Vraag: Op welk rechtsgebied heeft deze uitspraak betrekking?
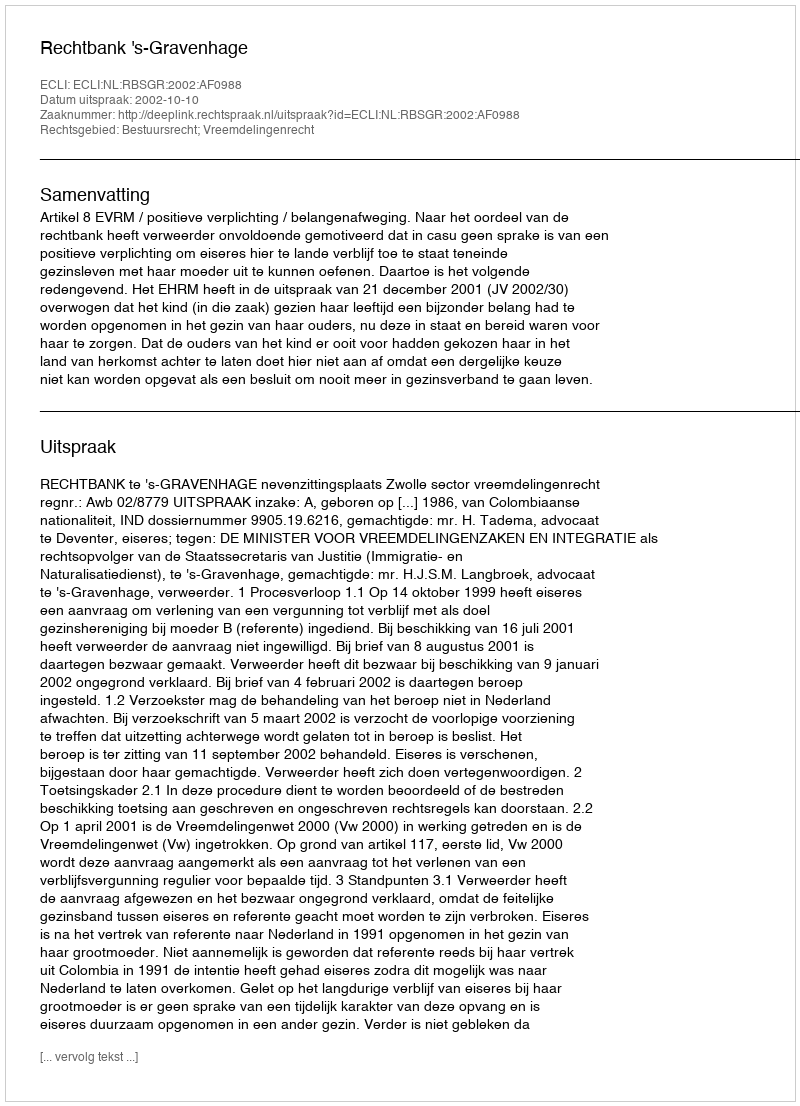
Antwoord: Bestuursrecht; Vreemdelingenrecht